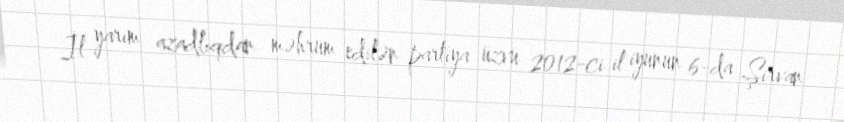
İl yarım azadlıqdan məhrum edilən partiya üzvü 2012-ci il iyunun 6-da Şirvan